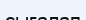
сығалап